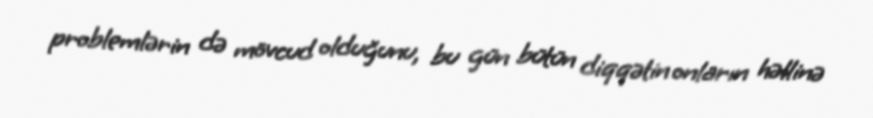
problemlərin də mövcud olduğunu, bu gün bütün diqqətin onların həllinə